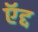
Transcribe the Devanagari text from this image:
ऍद्द